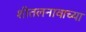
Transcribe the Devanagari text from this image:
शीतलनावाच्या